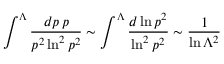
\int ^ { \Lambda } { \frac { d p \, p } { p ^ { 2 } \ln ^ { 2 } p ^ { 2 } } } \sim \int ^ { \Lambda } { \frac { d \ln p ^ { 2 } } { \ln ^ { 2 } p ^ { 2 } } } \sim { \frac { 1 } { \ln \Lambda ^ { 2 } } }